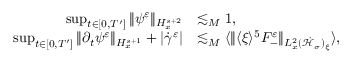
\begin{array} { r l } { \operatorname* { s u p } _ { t \in [ 0 , T ^ { \prime } ] } \| \psi ^ { \varepsilon } \| _ { H _ { x } ^ { s + 2 } } } & { \lesssim _ { M } 1 , } \\ { \operatorname* { s u p } _ { t \in [ 0 , T ^ { \prime } ] } \| \partial _ { t } \psi ^ { \varepsilon } \| _ { H _ { x } ^ { s + 1 } } + | \dot { \gamma } ^ { \varepsilon } | } & { \lesssim _ { M } \langle \| \langle \xi \rangle ^ { 5 } F _ { - } ^ { \varepsilon } \| _ { L _ { x } ^ { 2 } ( \dot { \mathcal H } _ { \sigma } ) _ { \xi } } \rangle , } \end{array}